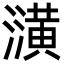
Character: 㶂